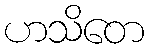
ဟသိတေ